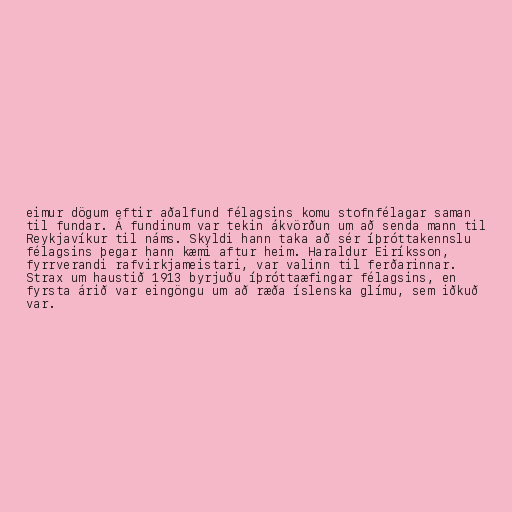
eimur dögum eftir aðalfund félagsins komu stofnfélagar saman
til fundar. Á fundinum var tekin ákvörðun um að senda mann til
Reykjavíkur til náms. Skyldi hann taka að sér íþróttakennslu
félagsins þegar hann kæmi aftur heim. Haraldur Eiríksson,
fyrrverandi rafvirkjameistari, var valinn til ferðarinnar.
Strax um haustið 1913 byrjuðu íþróttaæfingar félagsins, en
fyrsta árið var eingöngu um að ræða íslenska glímu, sem iðkuð
var.